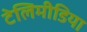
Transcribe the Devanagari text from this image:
टेलिमीडिया